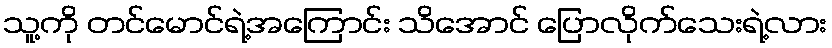
သူ့ကို တင်မောင်ရဲ့အကြောင်း သိအောင် ပြောလိုက်သေးရဲ့လား